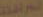
الجرافات